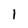
Character: l